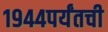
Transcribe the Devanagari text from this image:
१९४४पर्यंतची